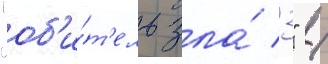
"об'и́т'ель зла́ 3" /